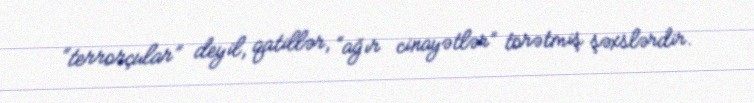
“terrorçular” deyil, qatillər, “ağır cinayətlər” törətmiş şəxslərdir.